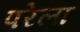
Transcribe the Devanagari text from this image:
परेला